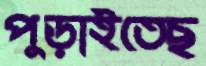
পুড়াইতেছ